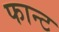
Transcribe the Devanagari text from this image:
फान्ट